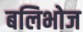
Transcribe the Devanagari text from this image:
बलिभोज